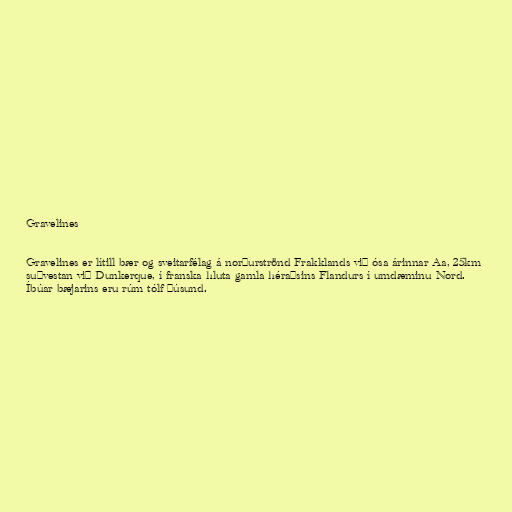
Gravelines

Gravelines er lítill bær og sveitarfélag á norðurströnd Frakklands við ósa árinnar Aa, 25km
suðvestan við Dunkerque, í franska hluta gamla héraðsins Flandurs í umdæminu Nord.
Íbúar bæjarins eru rúm tólf þúsund.